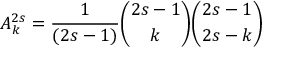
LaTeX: A _ { k } ^ { 2 s } = { \frac { 1 } { ( 2 s - 1 ) } } { \binom { 2 s - 1 } { k } } { \binom { 2 s - 1 } { 2 s - k } }